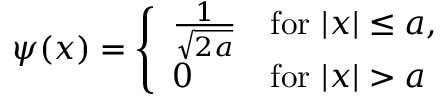
\psi ( x ) = { \left\{ \begin{array} { l l } { { \frac { 1 } { \sqrt { 2 a } } } } & { { \mathrm { f o r ~ } } | x | \leq a , } \\ { 0 } & { { \mathrm { f o r ~ } } | x | > a } \end{array} \right. }